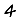
Digit: 4